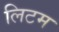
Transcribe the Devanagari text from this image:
लिटम